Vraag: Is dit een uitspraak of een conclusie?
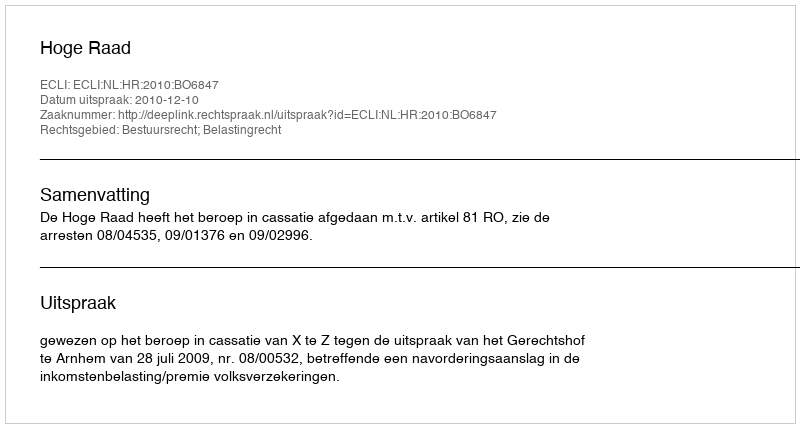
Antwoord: Uitspraak